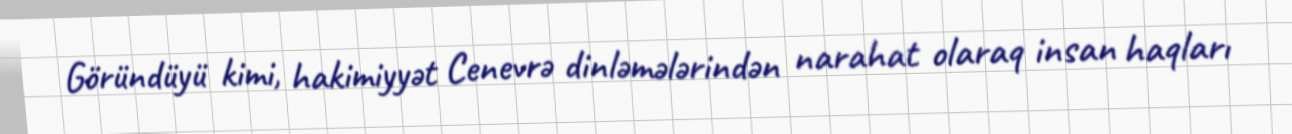
Göründüyü kimi, hakimiyyət Cenevrə dinləmələrindən narahat olaraq insan haqları